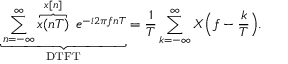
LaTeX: \underbrace { \sum _ { n = - \infty } ^ { \infty } \overbrace { x ( n T ) } ^ { x [ n ] } \ e ^ { - i 2 \pi f n T } } _ { \mathrm { D T F T } } = { \frac { 1 } { T } } \sum _ { k = - \infty } ^ { \infty } X { \Bigl ( } f - { \frac { k } { T } } { \Bigr ) } .